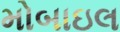
મોબાઇલ